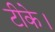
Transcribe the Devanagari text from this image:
टीके।